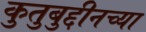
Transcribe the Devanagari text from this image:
कुतुबुद्दीनच्या